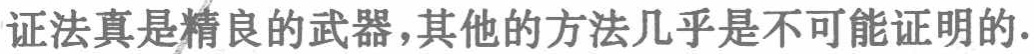
证法真是精良的武器,其他的方法几乎是不可能证明的.